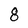
Character: 8